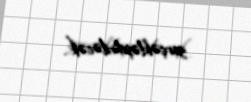
gerçəkləşdiriləcək”.